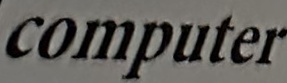
computer